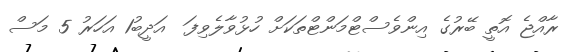
ރާއްޖެ އޮތީ ބޭރުގެ އިންވެސްޓްމަންޓްތަކަށް ހުޅުވާލެވިފަ  އަދީބު1 އަހަރު 5 މަސް